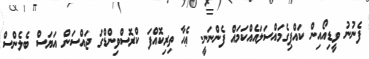
ފެނުނު ވީޑިއޯއިން ކައްޕިގެމައްސަލައެއްކަމައް ފެންނަނީ. ޢެހާ ތިރިކޮއްފަ ކްރޮސްވިންޑްގަ ޖައްސަން އަޔަސް ބެލެންސް